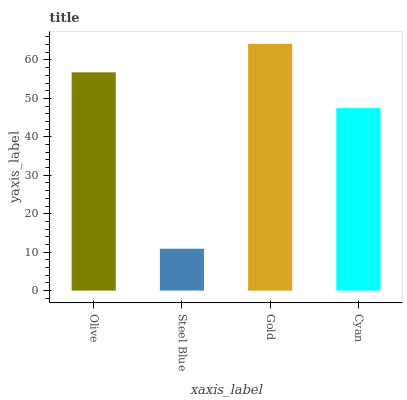
| xaxis_label | bars |
 | --- | --- |
 | Olive | 56.8 |
 | Steel Blue | 10.9 |
 | Gold | 64.2 |
 | Cyan | 47.5 |